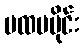
ပထမပိုင်း